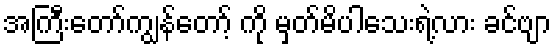
အကြီးတော်ကျွန်တော့် ကို မှတ်မိပါသေးရဲ့လား ခင်ဗျာ